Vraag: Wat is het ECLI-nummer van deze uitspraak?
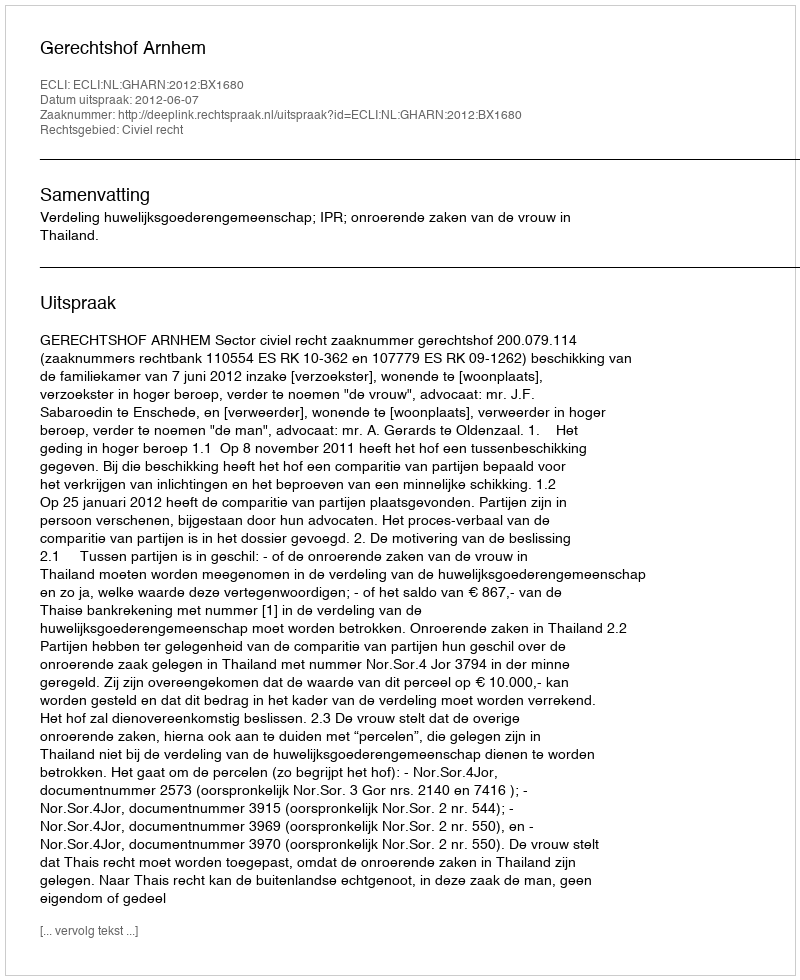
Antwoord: ECLI:NL:GHARN:2012:BX1680